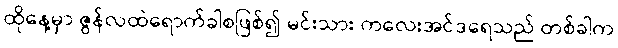
ထိုနေ့မှာ ဇွန်လထဲရောက်ခါစဖြစ်၍ မင်းသား ကလေးအင်ဒရေသည် တစ်ခါက